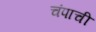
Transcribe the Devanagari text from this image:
चंपाची